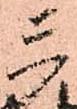
三